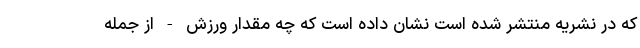
که در نشریه منتشر شده است نشان داده است که چه مقدار ورزش - از جمله